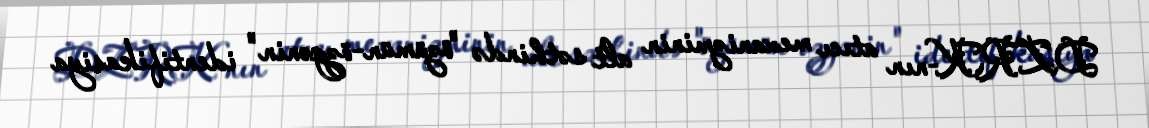
DZRK-nın atıcı mexanizminin alt səthində "özümün-özgənin" identifikasiya